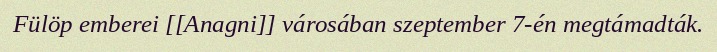
Fülöp emberei [[Anagni]] városában szeptember 7-én megtámadták.